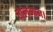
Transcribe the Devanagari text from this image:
तालमान।